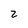
Character: 2